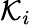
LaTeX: \mathcal{K}_{i}